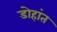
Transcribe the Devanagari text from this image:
डोहांत